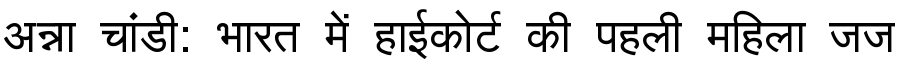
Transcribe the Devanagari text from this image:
अन्ना चांडी: भारत में हाईकोर्ट की पहली महिला जज